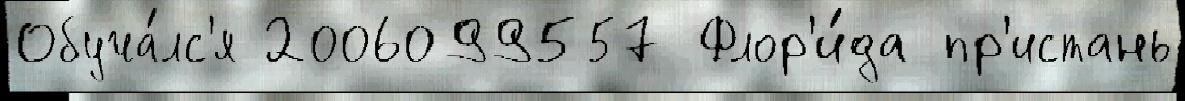
Обуча́лс'я 2006099557 Флор'и́да пр'истань